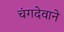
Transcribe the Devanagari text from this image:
चंगदेवाने